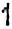
1